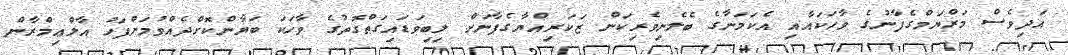
އަދިވެސް މަރްޔަމްގެފާނުގެ ވާހަކައާއި އެކަމަނާގެ ބެލެނިވެރިކަން ޒަކަރިއްޔާގެފާނަށް ލިބިވަޑައިގަތްގޮތުގެ ވާހަކަ ބަޔާންކޮށްދެއްވުމަށްފަހު އާލްޢިމްރާން